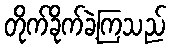
တိုက်ခိုက်ခဲ့ကြသည်